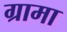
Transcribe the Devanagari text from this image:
ग्रामा